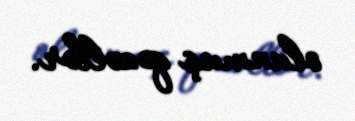
olunmuş qəzəllər.